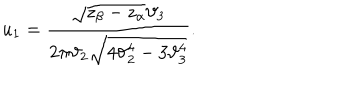
u _ { 1 } = { \frac { \sqrt { z _ { \beta } - z _ { \alpha } } \vartheta _ { 3 } } { 2 \pi \vartheta _ { 2 } \sqrt { 4 \vartheta _ { 2 } ^ { 4 } - 3 \vartheta _ { 3 } ^ { 4 } } } } .